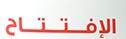
الإفتتاح